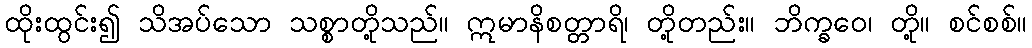
ထိုးထွင်း၍ သိအပ်သော သစ္စာတို့သည်။ ဣမာနိစတ္တာရိ၊ တို့တည်း။ ဘိက္ခဝေ၊ တို့။ စင်စစ်။